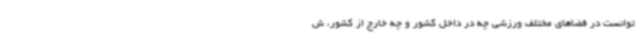
توانست در فضاهای مختلف ورزشی چه در داخل کشور و چه خارج از کشور، ش